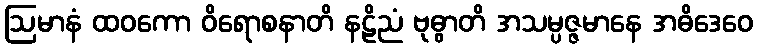
ဩမာနံ ထဝကော ဝိရောစနာတိ နဠိညံ ဗုဓွာတိ အသမ္ပဇ္ဇမာနေ အဓိဒေဝေ